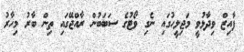
ފާއިޒް ވިދާޅުވީ މަޖިލީހުގައި ނެގި ވޯޓުގެ ސަބަބުން ރާއްޖޭގައި ތިން ބާރު މިހާރު